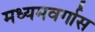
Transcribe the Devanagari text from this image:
मध्यमवर्गास